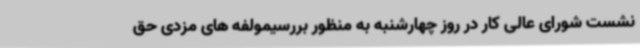
نشست شورای عالی کار در روز چهارشنبه به منظور بررسیمولفه های مزدی حق